画像に写った文字を読んでください
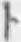
「ト」と書いてあります